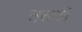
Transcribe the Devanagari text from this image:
तराकी